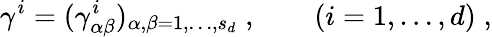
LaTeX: \gamma^{i}=(\gamma_{\alpha\beta}^{i})_{\alpha,\beta=1,\ldots,s_{d}}\; ,\qquad(i=1,\ldots,d)\; ,